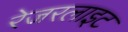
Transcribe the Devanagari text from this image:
रेजरलाइट